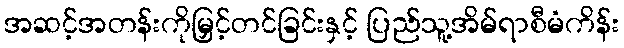
အဆင့်အတန်းကိုမြှင့်တင်ခြင်းနှင့် ပြည်သူ့အိမ်ရာစီမံကိန်း